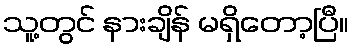
သူ့တွင် နားချိန် မရှိတော့ပြီ။